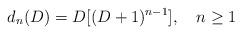
LaTeX: \begin{align*}d_n(D) = D[(D+1)^{n-1}],\quad n \ge 1\end{align*}